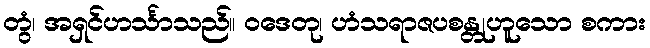
တွံ၊ အရှင်ဟင်္သာသည်။ ဝဒေတု၊ ဟံသရာဇပစန္တုဟူသော စကား